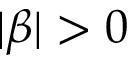
| \beta | > 0